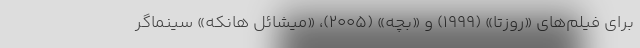
برای فیلم‌های «روزتا» (۱۹۹۹) و «بچه» (۲۰۰۵)، «میشائل هانکه» سینماگر